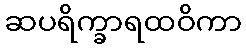
ဆပရိက္ခာရထဝိကာ